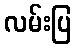
လမ်းပြ